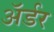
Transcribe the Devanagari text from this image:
ॲर्डर